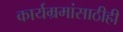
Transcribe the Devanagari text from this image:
कार्यम्रमांसाठीही